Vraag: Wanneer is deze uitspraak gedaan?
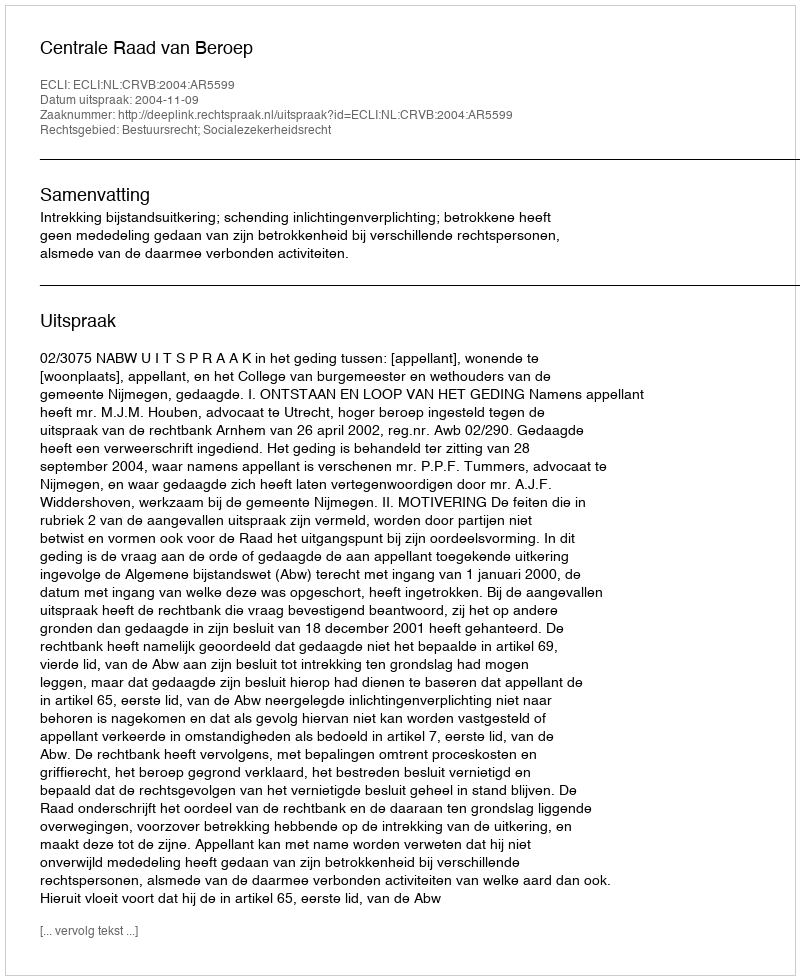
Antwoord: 2004-11-09